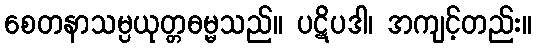
စေတနာသမ္ပယုတ္တဓမ္မသည်။ ပဋိပဒါ၊ အကျင့်တည်း။